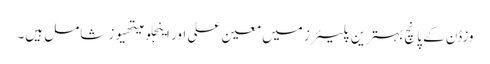
وزڈن کے پانچ بہترین پلیئرز میں معین علی اور اینجلو میتھیوز شامل ہیں۔